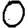
Digit: 0